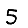
Digit: 5